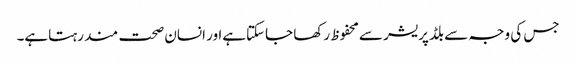
جس کی وجہ سے بلڈپریشر سےمحفوظ رکھا جاسکتاہےاور انسان صحت مند رہتاہے۔